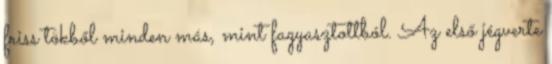
friss tökből minden más, mint fagyasztottból. Az első jégverte